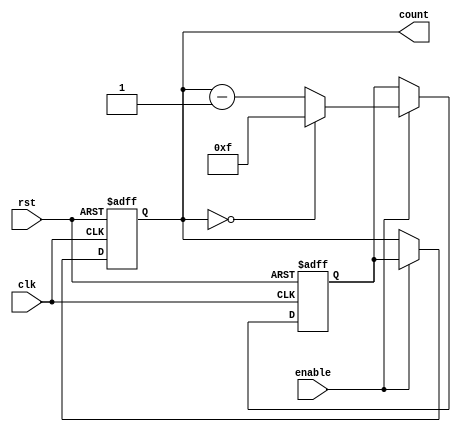
module BinaryDownCounter (
    input wire clk,
    input wire rst,
    input wire enable,
    output reg [3:0] count
);

reg [3:0] next_count;

always @(posedge clk or posedge rst) begin
    if (rst) begin
        count <= 4'b1111; //preset value
    end else if (enable) begin
        count <= next_count;
    end
end

always @(posedge clk or posedge rst) begin
    if (rst) begin
        next_count <= 4'b1111;
    end else if (enable) begin
        if (count == 4'b0000) begin
            next_count <= 4'b1111;
        end else begin
            next_count <= count - 1;
        end
    end
end

endmodule